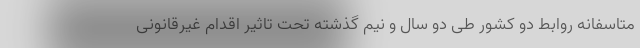
متاسفانه روابط دو کشور طی دو سال و نیم گذشته تحت تاثیر اقدام غیرقانونی